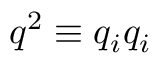
\boldsymbol { q } ^ { 2 } \equiv q _ { i } q _ { i }